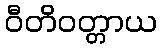
ဝီတိဝတ္တာယ